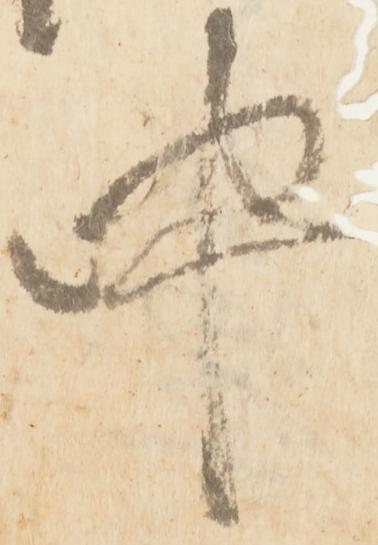
中